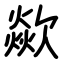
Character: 歘